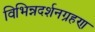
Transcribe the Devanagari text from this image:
विभिन्नदर्शनग्रहण